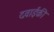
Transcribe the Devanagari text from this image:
दवाईकी